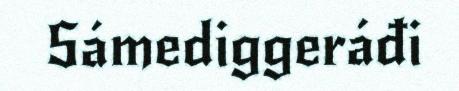
Sámediggeráđi